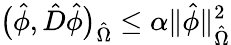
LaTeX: \big(\hat{\phi},\hat{D}\hat{\phi}\big)_{\hat{\Omega}}\leq\alpha\| \hat{\phi}\| _{\hat{\Omega}}^{2}